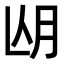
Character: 𣍢